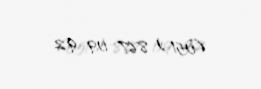
(051) 867-09-92